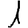
Digit: 1